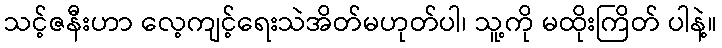
သင့်ဇနီးဟာ လေ့ကျင့်ရေးသဲအိတ်မဟုတ်ပါ၊ သူ့ကို မထိုးကြိတ် ပါနဲ့။